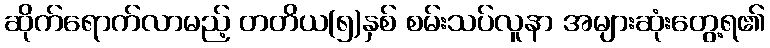
ဆိုက်ရောက်လာမည့် တတိယ(၅)နှစ် စမ်းသပ်လူနာ အများဆုံးတွေ့ရ၏